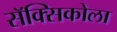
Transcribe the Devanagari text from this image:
सॅक्सिकोला